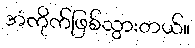
အံကိုက်ဖြစ်သွားတယ်။